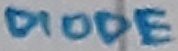
Text: DIODE